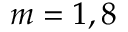
m = 1 , 8